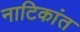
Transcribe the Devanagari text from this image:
नाटिकांत